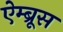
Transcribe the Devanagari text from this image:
ऐम्ब्रूस